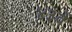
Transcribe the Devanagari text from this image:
४३वें